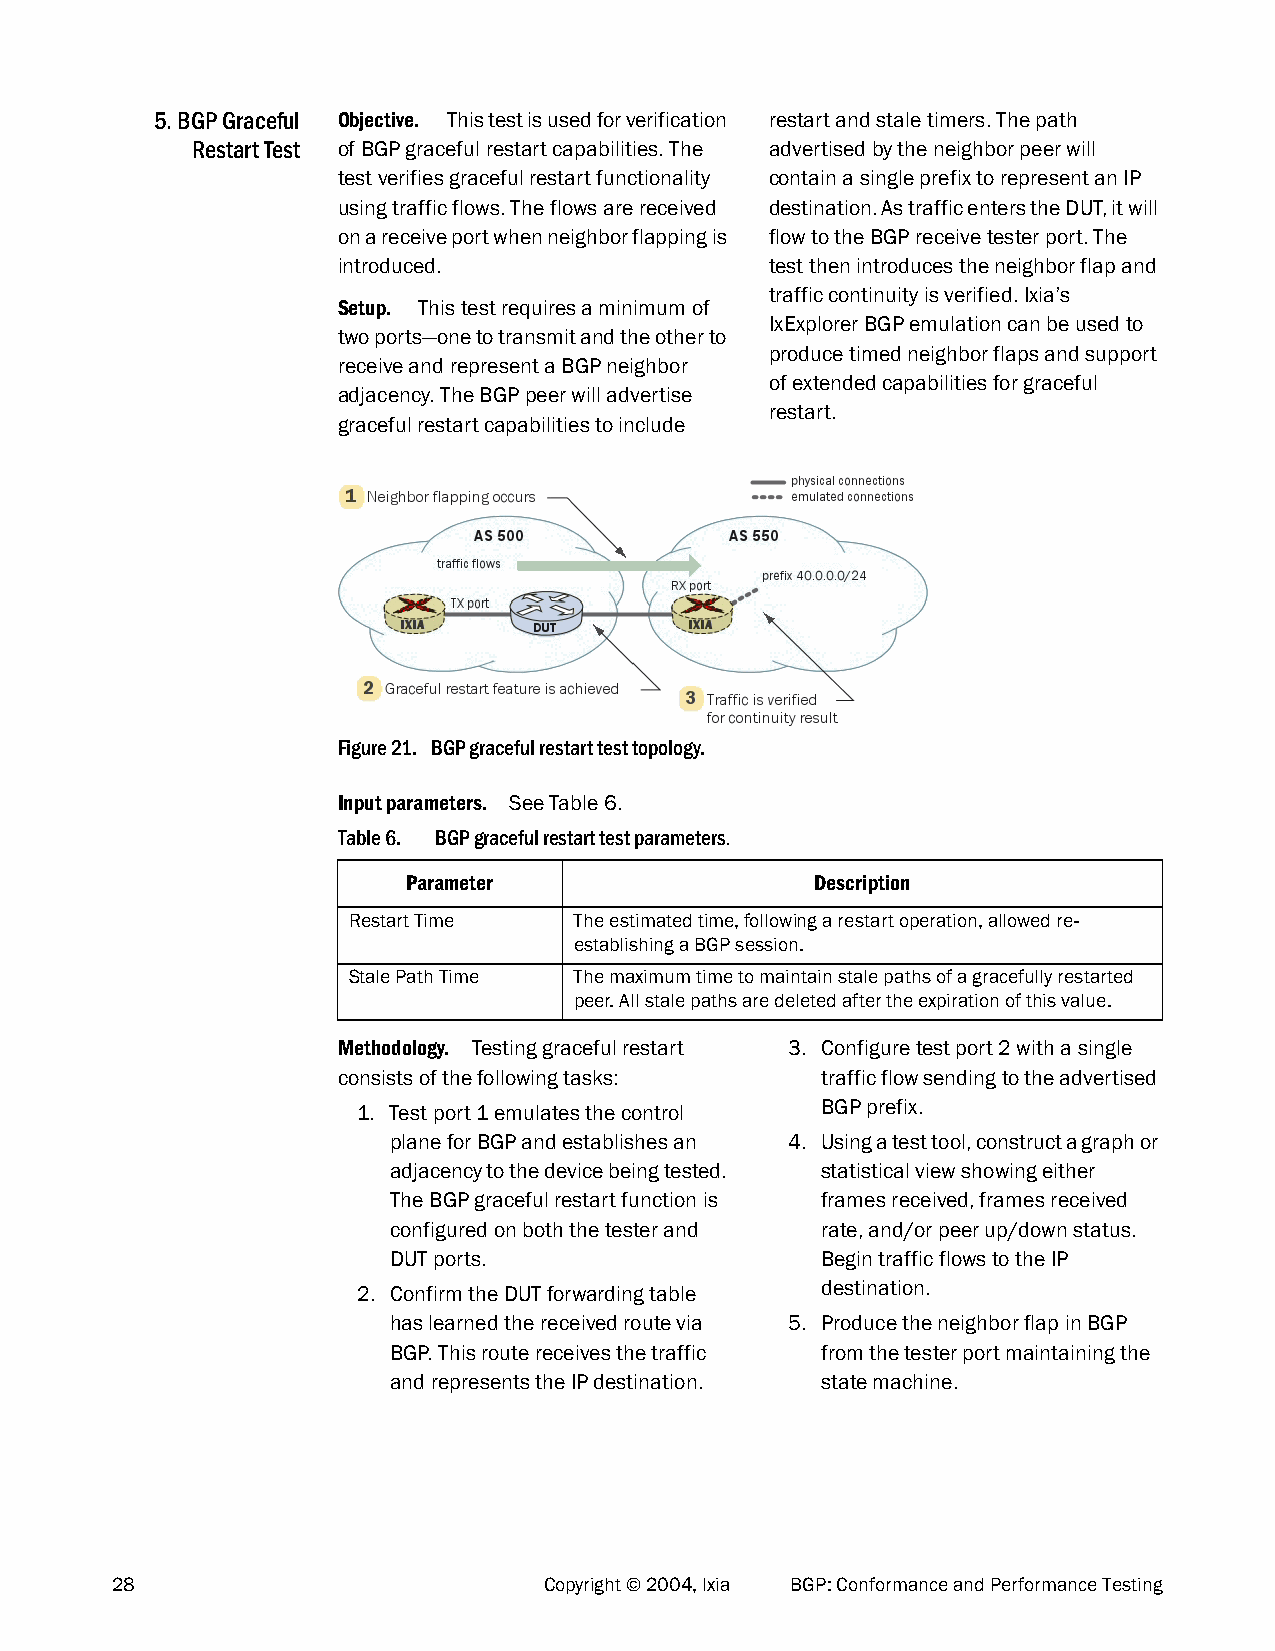
5. BGP Graceful Objective. This test is used for verification restart and stale timers. The path
 Restart Test of BGP graceful restart capabilities. The advertised by the neighbor peer will
 test verifies graceful restart functionality contain a single prefix to represent an IP
 using traffic flows. The flows are received destination. As traffic enters the DUT, it will
 on a receive port when neighbor flapping is flow to the BGP receive tester port. The
 introduced.                  test then introduces the neighbor flap and
 traffic continuity is verified. Ixia’s
 Setup. This test requires a minimum of
 IxExplorer BGP emulation can be used to
 two ports—one to transmit and the other to
 produce timed neighbor flaps and support
 receive and represent a BGP neighbor
 of extended capabilities for graceful
 adjacency. The BGP peer will advertise
 restart.
 graceful restart capabilities to include
 Figure 21. BGP graceful restart test topology.
 Input parameters. See Table 6.
 Table 6. BGP graceful restart test parameters.
 Parameter                  Description
 Restart Time   The estimated time, following a restart operation, allowed re-
 establishing a BGP session.
 Stale Path Time The maximum time to maintain stale paths of a gracefully restarted
 peer. All stale paths are deleted after the expiration of this value.
 Methodology. Testing graceful restart 3. Configure test port 2 with a single
 consists of the following tasks: traffic flow sending to the advertised
 BGP prefix.
 1. Test port 1 emulates the control
 plane for BGP and establishes an 4. Using a test tool, construct a graph or
 adjacency to the device being tested. statistical view showing either
 The BGP graceful restart function is frames received, frames received
 configured on both the tester and rate, and/or peer up/down status.
 DUT ports.                  Begin traffic flows to the IP
 destination.
 2. Confirm the DUT forwarding table
 has learned the received route via 5. Produce the neighbor flap in BGP
 BGP. This route receives the traffic from the tester port maintaining the
 and represents the IP destination. state machine.
 28                           Copyright © 2004, Ixia BGP: Conformance and Performance Testing